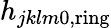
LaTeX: h_{jklm0,\mathrm{ring}}